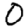
Digit: 0